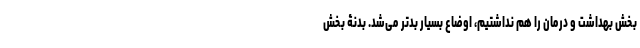
بخش بهداشت و درمان را هم نداشتیم، اوضاع بسیار بدتر می‌شد. بدنۀ بخش